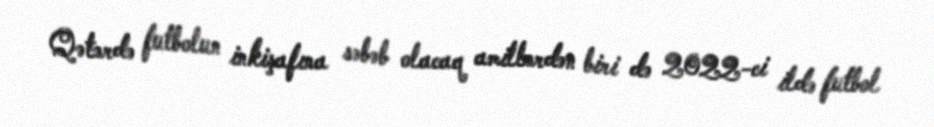
Qətərdə futbolun inkişafına səbəb olacaq amillərdən biri də 2022-ci ildə futbol